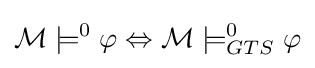
{\mathcal {M}}\models ^{0}\varphi \Leftrightarrow {\mathcal {M}}\models _{GTS}^{0}\varphi